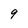
Character: 9